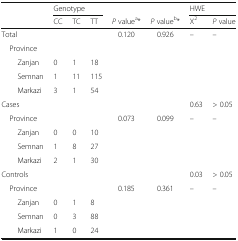
| <ROWSPAN=2>  | <COLSPAN=3> Genotype |  |  | <COLSPAN=2> HWE |
 | CC | TC | TT | P valuea* | P valueb* | X2 | P value |
 | --- | --- | --- | --- | --- | --- | --- | --- |
 | Total |  |  |  | <ROWSPAN=5> 0.120 | <ROWSPAN=5> 0.926 | <ROWSPAN=5> – | <ROWSPAN=5> – |
 | Province |  |  |  |
 | Zanjan | 0 | 1 | 18 |
 | Semnan | 1 | 11 | 115 |
 | Markazi | 3 | 1 | 54 |
 | Cases |  |  |  |  |  | 0.63 | > 0.05 |
 | Province |  |  |  | <ROWSPAN=4> 0.073 | <ROWSPAN=4> 0.099 | <ROWSPAN=4> – | <ROWSPAN=4> – |
 | Zanjan | 0 | 0 | 10 |
 | Semnan | 1 | 8 | 27 |
 | Markazi | 2 | 1 | 30 |
 | Controls |  |  |  |  |  | 0.03 | > 0.05 |
 | Province |  |  |  | <ROWSPAN=4> 0.185 | <ROWSPAN=4> 0.361 | <ROWSPAN=4> – | <ROWSPAN=4> – |
 | Zanjan | 0 | 1 | 8 |
 | Semnan | 0 | 3 | 88 |
 | Markazi | 1 | 0 | 24 |